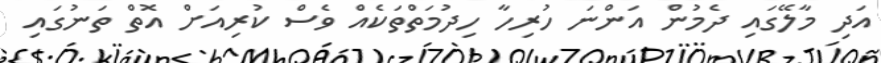
އަދި މާލޭގައި ދެމުން އަންނަ ހުރިހާ ހިދުމަތްތަކެއް ވެސް ކުރިއަށް އޮތް ތަނުގައި